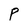
Character: P